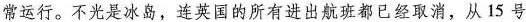
常运行。不光是冰岛，连英国的所有进出航班都已经取消，从15号